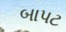
બાપટ